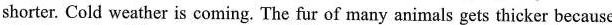
shorter. Cold weather is coming. The fur of many animals gets thicker because